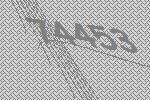
74453